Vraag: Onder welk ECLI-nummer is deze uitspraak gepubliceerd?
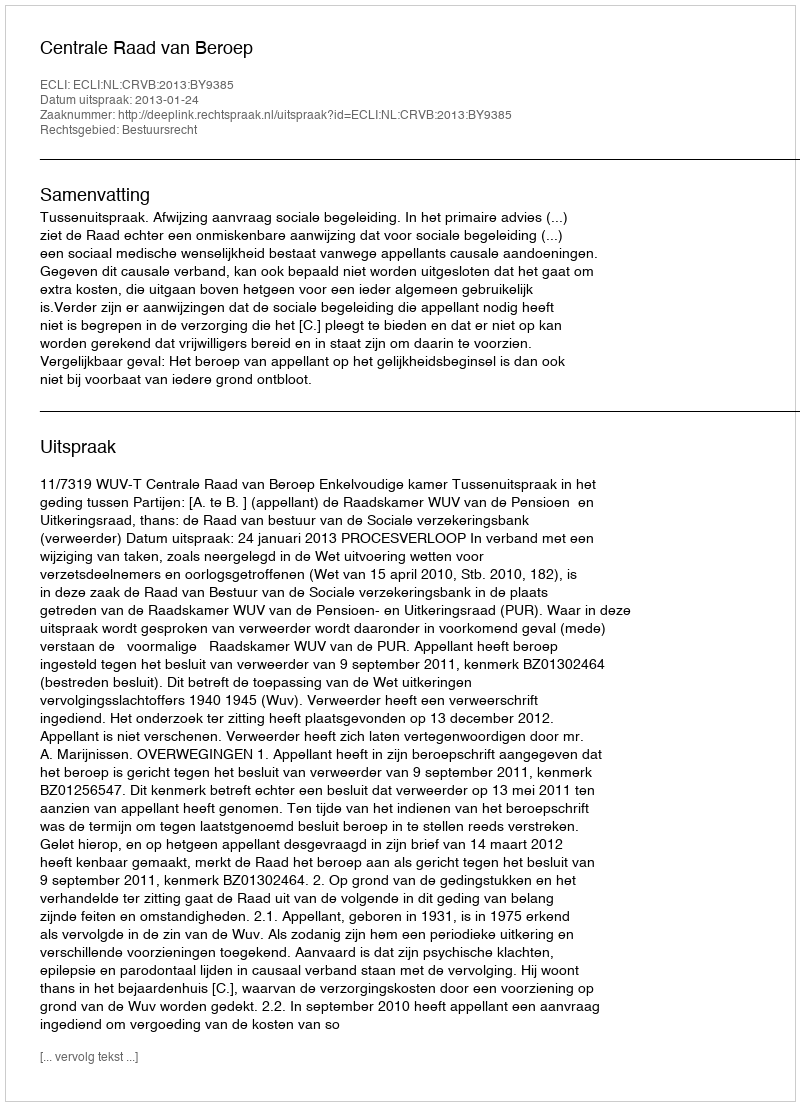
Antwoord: ECLI:NL:CRVB:2013:BY9385